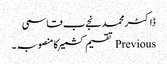
ڈاکٹر محمد نجےب قاسمی
Previous تقسیم کشمیرکامنصوبہ ۔